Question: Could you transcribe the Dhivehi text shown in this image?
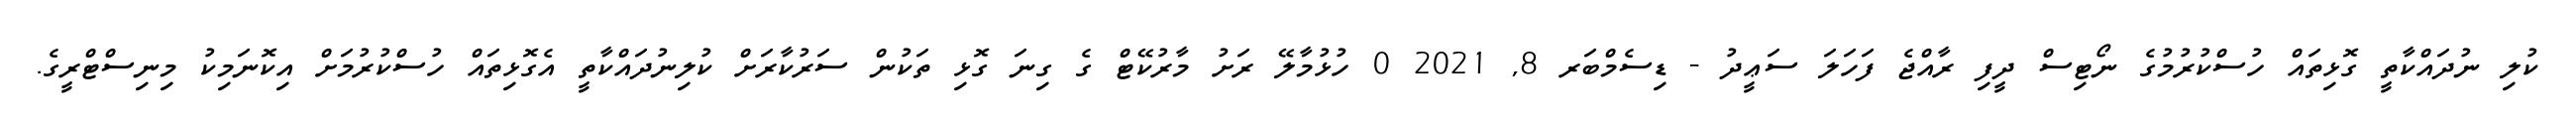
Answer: ކުލި ނުދައްކާތީ ގޮޅިތައް ހުސްކުރުމުގެ ނޯޓިސް ދީފި ރާއްޖެ ފަހަލަ ސަޢީދު - ޑިސެމްބަރ 8, 2021 0 ހުޅުމާލޭ ރަށު މާރުކޭޓް ގެ ގިނަ ގޮޅި ތަކުން ސަރުކާރަށް ކުލިނުދައްކާތީ އެގޮޅިތައް ހުސްކުރުމަށް އިކޮނަމިކު މިނިސްޓްރީގެ.